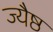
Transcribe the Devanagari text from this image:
ज्यैष्ठ